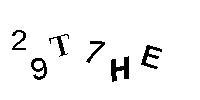
29T7HE